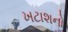
ખટાશનો